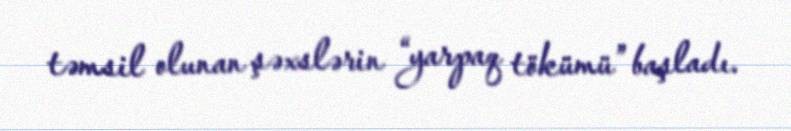
təmsil olunan şəxslərin “yarpaq tökümü” başladı.